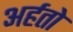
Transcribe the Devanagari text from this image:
अर्हतो